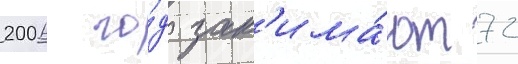
2006 го́д зан'има́ют 72